Vaccination in Bombay 1902-1912 - 1902-1912
Year: 1902
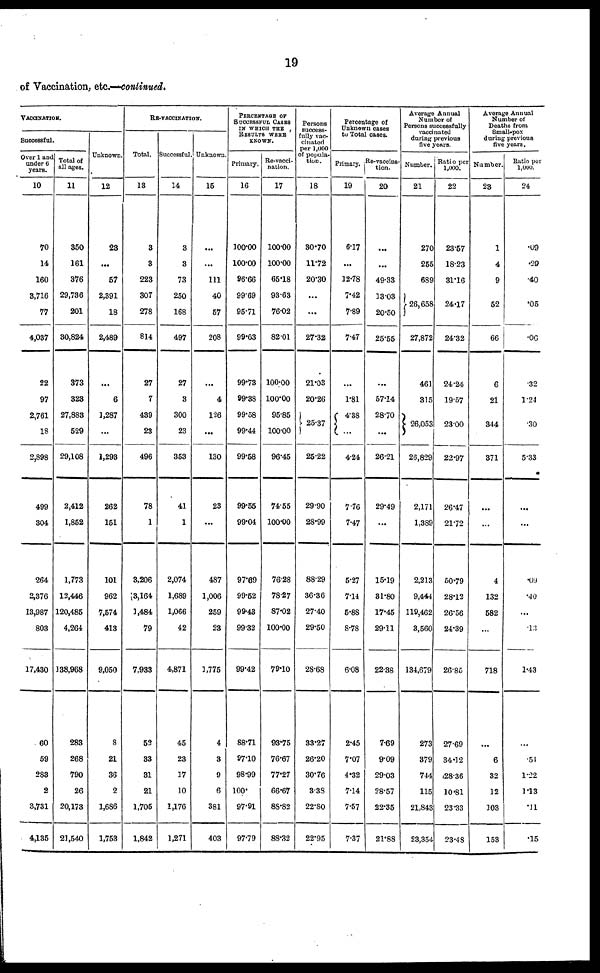
19
of Vaccination, etc.—continued.
VACCINATION.
Successful.
Over 1 and
under 6
years.
10
70
14
160
3,716
77
4,037
22
97
2,761
18
2,898
499
304
264
2,376
13,987
803
17,430
60
59
283
2
3,731
4,135
Total of
all ages.
11
350
161
376
29,736
201
30,824
373
323
27,883
529
29,108
2,412
1,852
1,773
12,446
120,485
4,264
138,968
283
268
790
26
20,173
21,540
Unknown.
12
23
...
57
2,391
18
2,489
...
6
1,287
...
1,293
262
151
101
962
7,574
413
9,050
8
21
36
2
1,686
1,753
RE-VACCINATION.
Total.
13
3
3
223
307
278
814
27
7
438
23
496
78
1
3,206
3,164
1,484
79
7,933
52
33
31
21
1,705
1,842
Successful.
14
3
3
73
250
168
497
27
3
300
23
353
41
1
2,074
1,689
1,066
42
4,871
45
23
17
10
1,176
1,271
Unknown.
15
...
...
111
40
57
208
...
4
126
...
130
23
...
487
1,006
259
23
1,775
4
3
9
6
381
403
PERCENTAGE OF
SUCCESSFUL CASES
IN WHICH THE
RESULTS WERE
KNOWN.
Primary.
16
100.00
l00.00
96.66
99.69
95.71
99.63
99.73
99.38
99.58
99.44
99.58
99.55
99.04
97.89
99.52
99.43
99.32
99.42
88.71
97.10
98.99
100.
97.91
97.79
Re-vacci-
nation.
17
100.00
100.00
65.18
93.63
76.02
82.01
100.00
100.00
95.85
100.00
96.45
74.55
100.00
76.28
78.27
87.02
100.00
79.10
93.75
76.67
77.27
66.67
88.82
88.32
Persons
success-
fully
vac-
cinated
per
1,000
of popula-
tion.
18
30.70
11.72
20.30
...
...
27.32
21.03
20.26
25.37
25.22
29.90
28.99
88.29
36.36
27.40
29.50
28.68
33.27
26.20
30.76
3.38
22.80
22.95
Percentage of
Unknown cases
to Total cases.
Primary.
19
6.17
...
12.78
7.42
7.89
7.47
...
1.81
4.38
...
4.24
7.76
7.47
5.27
7.14
5.88
8.78
6.08
2.45
7.07
4.32
7.14
7.57
7.37
Re-vaccina-
tion.
20
...
...
49.33
13.03
20.50
25.55
...
57.14
28.70
...
26.21
29.49
...
15.19
81.80
17.45
29.11
22.38
7.69
9.09
29.03
28.57
22.35
21.88
Average Annual
Number of
Persons successfully
vaccinated
during previous
five years.
Number.
21
270
255
689
26,658
27,872
461
315
26,053
26,829
2,171
1,389
2,213
9,444
119,462
3,560
134,679
273
379
744
115
21,843
23,354
Ratio per
1,000.
22
23.57
18.23
31.16
24.17
24.32
24.24
19.57
23.00
22.97
26.47
21.72
50.79
28.12
26.56
24.39
26.85
27.69
34.12
28.36
10.81
23.33
23.48
Average Annual
Number of
Deaths from
Small-pox
during previous
five years.
Number.
23
1
4
9
52
66
6
21
344
371
...
...
4
132
582
...
718
...
6
32
12
103
153
Ratio per
1,000.
24
.09
.29
.40
.05
.06
.32
1.24
.30
5.33
...
...
.09
.40
...
.13
1.43
...
.51
1.22
1.13
.11
.15